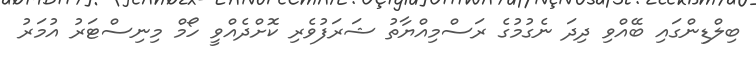
ބިލްޑިންގައި ބޭއްވި ދިދަ ނެގުމުގެ ރަސްމިއްޔާތު ޝަރަފުވެރި ކޮށްދެއްވީ ހޯމް މިނިސްޓަރު އުމަރު